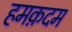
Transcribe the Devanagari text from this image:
हमक़दम